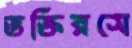
ভক্তিরসে